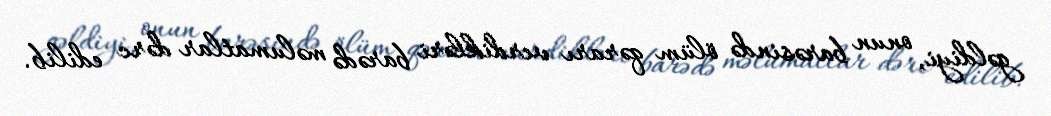
gəldiyi, onun barəsində ölüm qərarı verdikləri barədə məlumatlar dərc edilib.